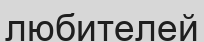
любителей